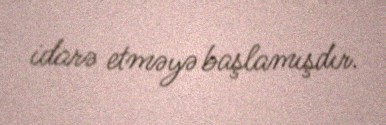
idarə etməyə başlamışdır.